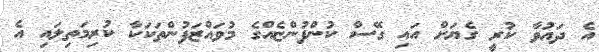
އެ ދައުވާ ކުރީ ގެޔަށް އައި ގޭސް ކުންފުންޏެއްގެ މުވައްޒަފުންތަކަކާ ކުރިމަތިލައި އެ